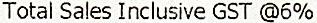
TOTAL SALES INCLUSIVE GST @6%